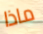
ماذا